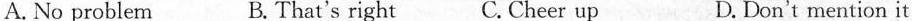
A. No problem B. That's right C. Cheer up D. Don't mention it